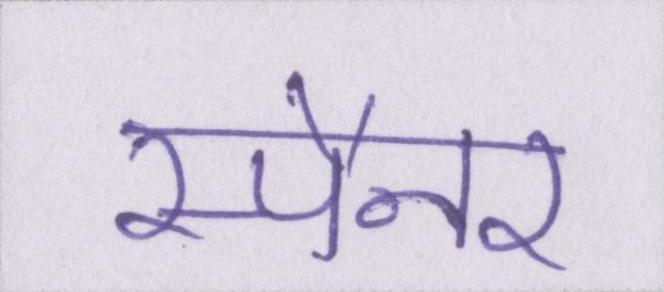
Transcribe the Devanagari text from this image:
स्पैनर